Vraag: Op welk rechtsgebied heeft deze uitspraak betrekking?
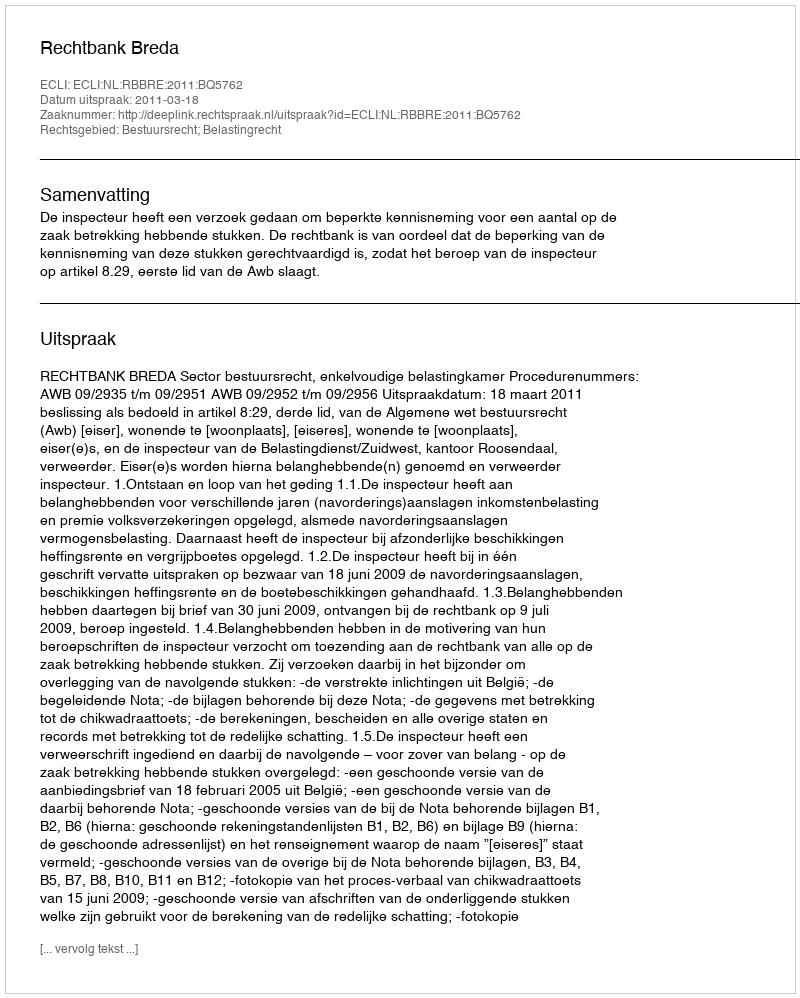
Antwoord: Bestuursrecht; Belastingrecht